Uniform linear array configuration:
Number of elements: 8
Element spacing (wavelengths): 0.5
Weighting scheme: hann
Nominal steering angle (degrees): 0
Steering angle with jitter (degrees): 0.611
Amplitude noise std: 0.05
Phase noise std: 0.05

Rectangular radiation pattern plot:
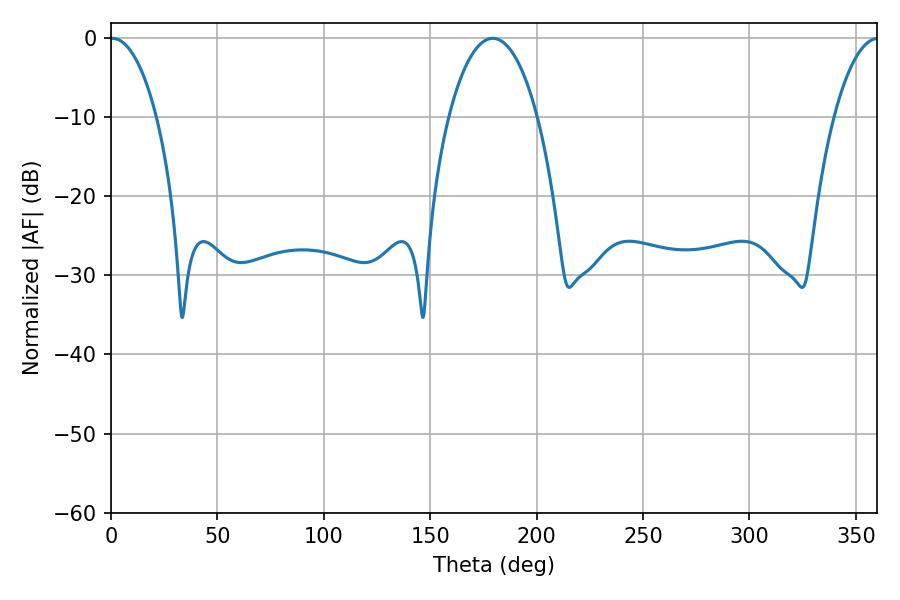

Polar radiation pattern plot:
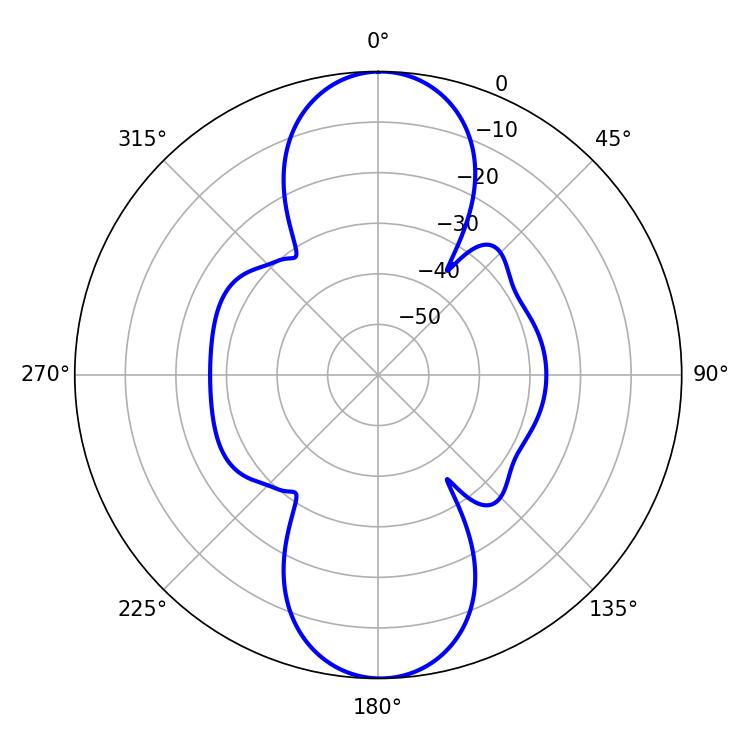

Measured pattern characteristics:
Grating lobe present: FALSE
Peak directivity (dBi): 24.251
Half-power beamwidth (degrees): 12.24
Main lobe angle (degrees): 0.54